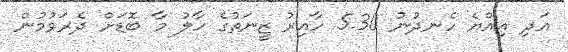
އަދި އިއްޔެ ހެނދުނު 5.30 ހާއިރު ޒީނަތުގެ ހާލު މާ ބޮޑަށް ދެރަވުމުން